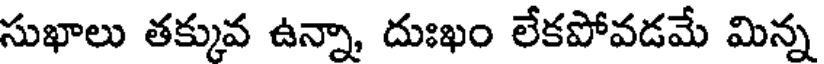
సుఖాలు తక్కువ ఉన్నా, దుఃఖం లేకపోవడమే మిన్న